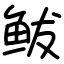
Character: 鲅